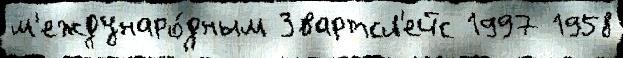
м'еждунаро́дным Звартсл'ейс 1997 1958